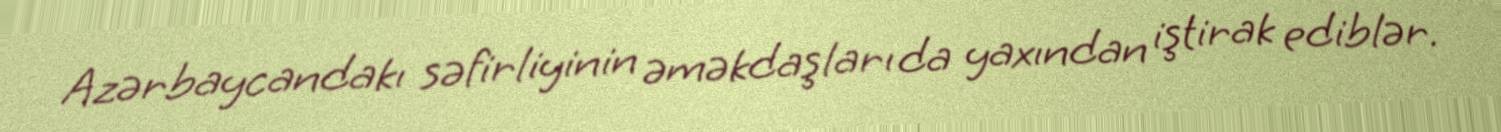
Azərbaycandakı səfirliyinin əməkdaşları da yaxından iştirak ediblər.